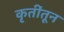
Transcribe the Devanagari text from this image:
कृतींतून